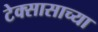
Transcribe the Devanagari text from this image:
टेक्सासाच्या